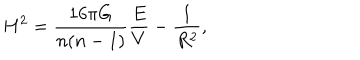
H ^ { 2 } = \frac { 1 6 \pi G } { n ( n - 1 ) } \frac { E } { V } - \frac { 1 } { R ^ { 2 } } ,